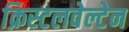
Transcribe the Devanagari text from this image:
क्रिस्टलवेल्टेन